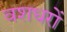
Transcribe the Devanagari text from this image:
वशधरों